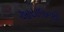
આયોજનથી